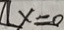
x = 0